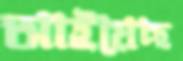
আইয়েছ